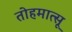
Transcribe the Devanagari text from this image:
तोहमात्सू